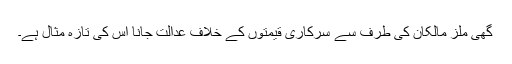
گھی ملز مالکان کی طرف سے سرکاری قیمتوں کے خلاف عدالت جانا اس کی تازہ مثال ہے۔